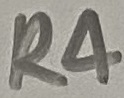
Text: R4